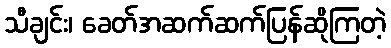
သီချင်း၊ ခေတ်အဆက်ဆက်ပြန်ဆိုကြတဲ့